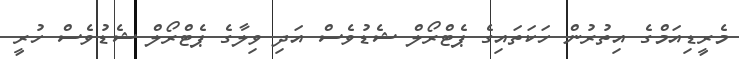
މެރީޑިއަމްގެ އިތުރުން ހަކަތައިގެ ޕެޓްރޯލް ޝެޑުވެސް އަދި ވިލާގެ ޕެޓްރޯލް ޝެޑުވެސް ހުރީ